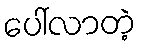
ပေါ်လာတဲ့